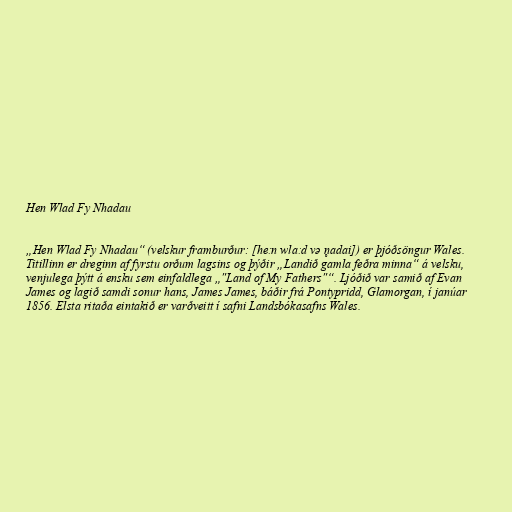
Hen Wlad Fy Nhadau

„Hen Wlad Fy Nhadau“ (velskur framburður: [heːn wlaːd və n̥adai]) er þjóðsöngur Wales.
Titillinn er dreginn af fyrstu orðum lagsins og þýðir „Landið gamla feðra minna“ á velsku,
venjulega þýtt á ensku sem einfaldlega „"Land of My Fathers"“. Ljóðið var samið af Evan
James og lagið samdi sonur hans, James James, báðir frá Pontypridd, Glamorgan, í janúar
1856. Elsta ritaða eintakið er varðveitt í safni Landsbókasafns Wales.